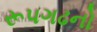
રૂપગઢનો